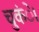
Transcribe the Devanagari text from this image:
चुकंे।